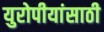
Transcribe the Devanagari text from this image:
युरोपीयांसाठी